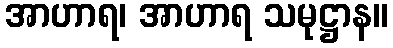
အာဟာရ၊ အာဟာရ သမုဋ္ဌာန။